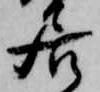
居